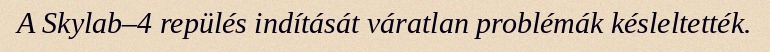
A Skylab–4 repülés indítását váratlan problémák késleltették.